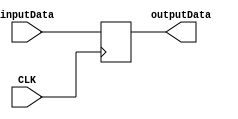
`timescale 1ns / 1ps
//////////////////////////////////////////////////////////////////////////////////
// Company: 
// Engineer: 
// 
// Design Name: 
// Module Name: ADR
// Project Name: 
// Target Devices: 
// Tool Versions: 
// Description: 
// 
// Dependencies: 
// 
// Revision:
// Revision 0.01 - File Created
// Additional Comments:
// 
//////////////////////////////////////////////////////////////////////////////////


module ADR(CLK,inputData,outputData);
    input CLK;
    input [31:0] inputData;
    output reg [31:0] outputData;
    always@(posedge CLK) begin
        outputData<=inputData;
    end
endmodule